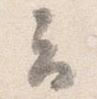
云